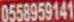
0558959141